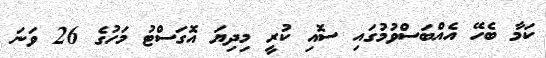
ކަމާ ބެހޭ އެއްބަސްވުމުގައި ސޮއި ކުރީ މިދިޔަ އޮގަސްޓު މަހުގެ 26 ވަނަ